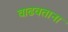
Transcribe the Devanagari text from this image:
वाढवताना